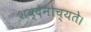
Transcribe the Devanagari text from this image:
शब्देनोच्यते।